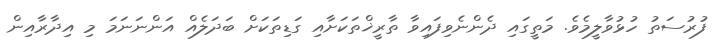
ފުރުސަތު ހުޅުވާލީމެވެ. މަތީގައި ދެންނެވިފައިވާ ތާރީޚްތަކަށާއި ގަޑިތަކަށް ބަދަލެއް އަންނަނަމަ މި އިދާރާއިން